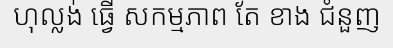
ហុល្លង់ ធ្វើ សកម្មភាព តែ ខាង ជំនួញ